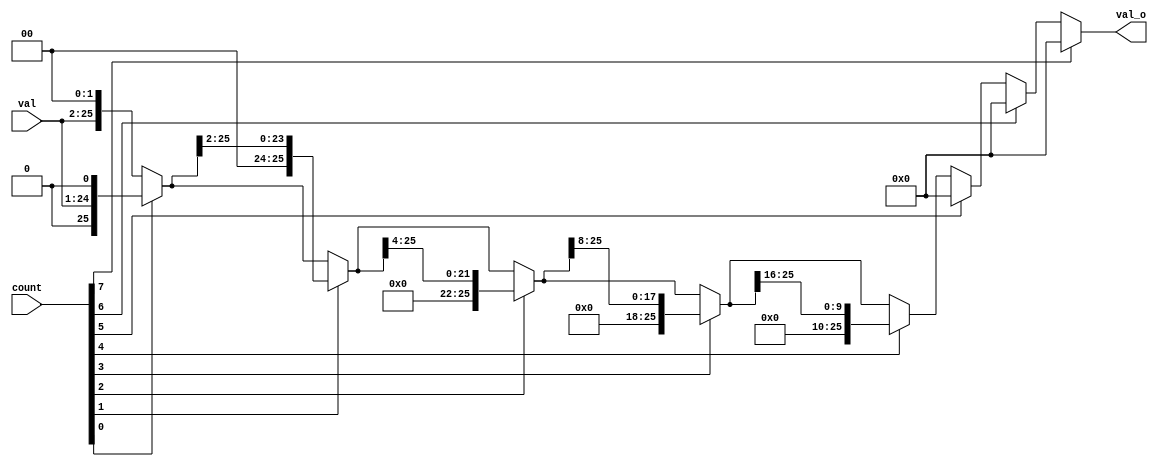
// ---------------------------------------------------
//
// Description: right shift
//
// Version    : 1.0
// ---------------------------------------------------

module fp_rshift #(
          parameter SHIFTWIDTH = 8,
          parameter DATAWIDTH  = 24
      )(
        input  wire [DATAWIDTH-1:0]  val,
        input  wire [SHIFTWIDTH-1:0] count,
        // append 2 bit to the end
        output wire [DATAWIDTH+1:0]  val_o
      );

  reg [SHIFTWIDTH*(DATAWIDTH+2)-1:0] _val;
  // initialization
  always@(count or val) begin
    if(count[0] == 1'b1)
      _val[DATAWIDTH+1:0] = {val,2'b0}>>1;
    else
      _val[DATAWIDTH+1:0] = {val,2'b0};
  end

  genvar cnt;
  generate
    for(cnt=1; cnt<SHIFTWIDTH; cnt=cnt+1)
      begin: shift_gen

        always@(count or _val[cnt*(DATAWIDTH+2)-1 : (cnt-1)*(DATAWIDTH+2)]) begin
          if(count[cnt] == 1'b1)
            _val[(cnt+1)*(DATAWIDTH+2)-1 : cnt*(DATAWIDTH+2)] = _val[cnt*(DATAWIDTH+2)-1 : (cnt-1)*(DATAWIDTH+2)] >> (2**cnt);
          else
            _val[(cnt+1)*(DATAWIDTH+2)-1 : cnt*(DATAWIDTH+2)] = _val[cnt*(DATAWIDTH+2)-1 : (cnt-1)*(DATAWIDTH+2)];
        end

      end
  endgenerate

  assign val_o = _val[SHIFTWIDTH*(DATAWIDTH+2)-1 : (SHIFTWIDTH-1)*(DATAWIDTH+2)];

endmodule